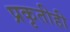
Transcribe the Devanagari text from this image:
प्रकृतीही